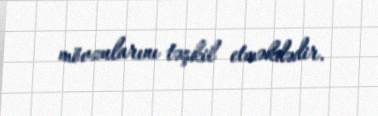
mövzularını təşkil etməkdədir.